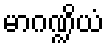
မာဂဏ္ဍိယံ